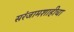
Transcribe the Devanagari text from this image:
सरंजामशाहीचा